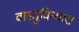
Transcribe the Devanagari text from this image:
वास्तुविन्यास